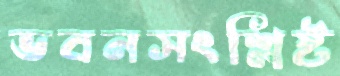
ভবনসংশ্লিষ্ট